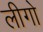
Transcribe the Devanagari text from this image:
लीगो